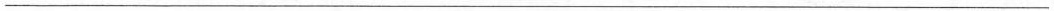
___